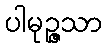
ပါမုဉ္ဇသာ